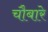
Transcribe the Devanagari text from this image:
चौबारे